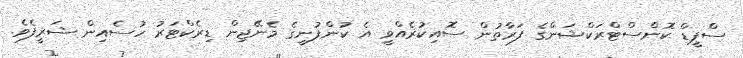
ސްޕީޑް ކޮންސްޓްރަކްޝަންގެ ފަރާތުން ސޮއިކުރެއްވީ އެ ކުންފުނީގެ މެނޭޖިން ޑިރެކްޓަރު ހުސެއިން ޝަރީފެވެ.